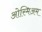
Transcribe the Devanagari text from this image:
ओस्मिअम